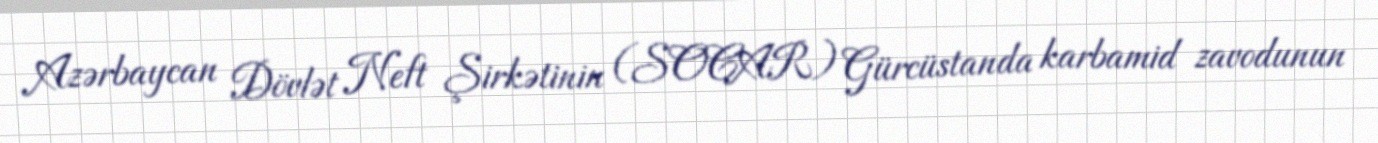
Azərbaycan Dövlət Neft Şirkətinin (SOCAR) Gürcüstanda karbamid zavodunun